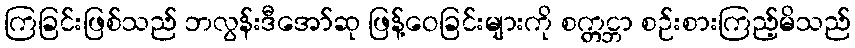
ကြခြင်းဖြစ်သည် ဘလွန်းဒီအော်ဆု ဖြန့်ဝေခြင်းများကို စက္တင္ဘာ စဉ်းစားကြည့်မိသည်